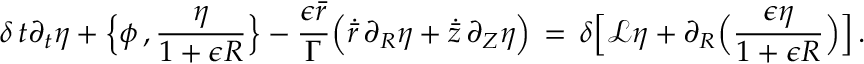
\delta \, t \partial _ { t } \eta + \Bigl \{ \phi \, , \frac { \eta } { 1 + \epsilon R } \Bigr \} - \frac { \epsilon \bar { r } } { \Gamma } \Bigl ( \dot { \bar { r } } \, \partial _ { R } \eta + \dot { \bar { z } } \, \partial _ { Z } \eta \Bigr ) \, = \, \delta \Bigl [ \mathcal { L } \eta + \partial _ { R } \Bigl ( \frac { \epsilon \eta } { 1 + \epsilon R } \Bigr ) \Bigr ] \, .